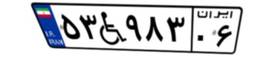
۱۰W۱۸۱۲۰